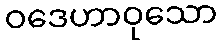
ဝဒေဟာဝုသော